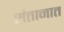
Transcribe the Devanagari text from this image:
संतानात